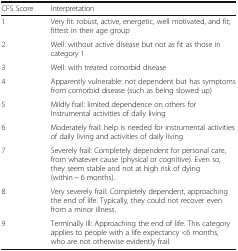
<table><thead><tr><td><b>CFS Score</b></td><td><b>Interpretation</b></td></tr></thead><tbody><tr><td>1</td><td>Very fit: robust, active, energetic, well motivated, and fit; fittest in their age group</td></tr><tr><td>2</td><td>Well: without active disease but not as fit as those in category 1</td></tr><tr><td>3</td><td>Well: with treated comorbid disease</td></tr><tr><td>4</td><td>Apparently vulnerable: not dependent but has symptoms from comorbid disease (such as being slowed up)</td></tr><tr><td>5</td><td>Mildly frail: limited dependence on others forInstrumental activities of daily living</td></tr><tr><td>6</td><td>Moderately frail: help is needed for instrumental activities of daily living and activities of daily living</td></tr><tr><td>7</td><td>Severely frail: Completely dependent for personal care, from whatever cause (physical or cognitive). Even so, they seem stable and not at high risk of dying (within ~ 6 months).</td></tr><tr><td>8</td><td>Very severely frail: Completely dependent, approaching the end of life. Typically, they could not recover even from a minor illness.</td></tr><tr><td>9</td><td>Terminally Ill: Approaching the end of life. This category applies to people with a life expectancy &lt;6 months, who are not otherwise evidently frail.</td></tr></tbody></table>